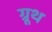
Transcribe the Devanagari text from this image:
ग्रूथ